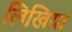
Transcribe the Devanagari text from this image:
लिखिया